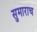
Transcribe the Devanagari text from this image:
सुमाराच